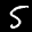
Label: 5